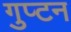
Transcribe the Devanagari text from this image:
गुप्टन